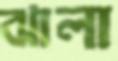
ঝালা